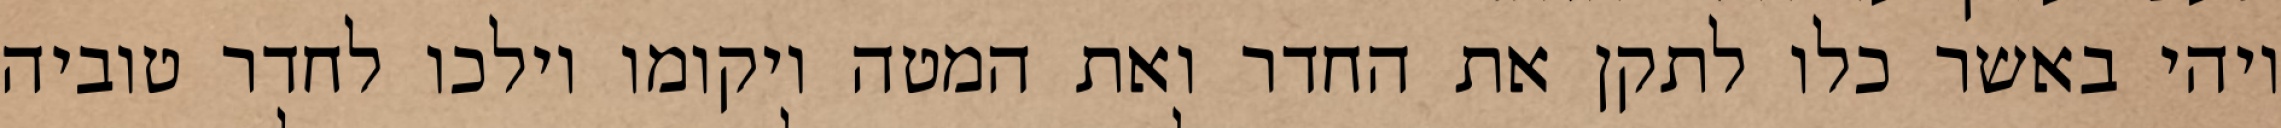
ויהי באשר כלו לתקן את החדר ואת המטה ויקומו וילכו לחדר טוביה